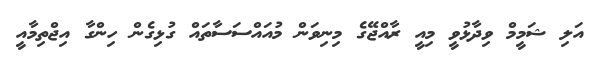
އަލި ޝަމީމް ވިދާޅުވީ މިއީ ރާއްޖޭގެ މިނިވަން މުއައްސަސާތައް ގުޅިގެން ހިންގާ އިޖްތިމާއީ